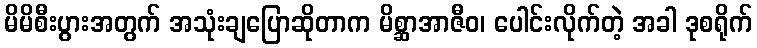
မိမိစီးပွားအတွက် အသုံးချပြောဆိုတာက မိစ္ဆာအာဇီဝ၊ ပေါင်းလိုက်တဲ့ အခါ ဒုစရိုက်